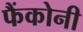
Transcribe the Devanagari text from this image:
फैंकोनी